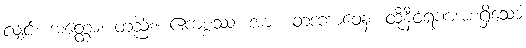
လျှင်။ အတ္ထော၊ တည်း။ ဧကစ္စဿ၊ အား။ တဒဘာဝေန၊ ထိုနီဝရဏအစရှိသော